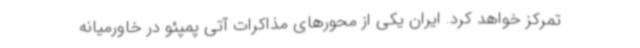
تمرکز خواهد کرد. ایران یکی از محورهای مذاکرات آتی پمپئو در خاورمیانه